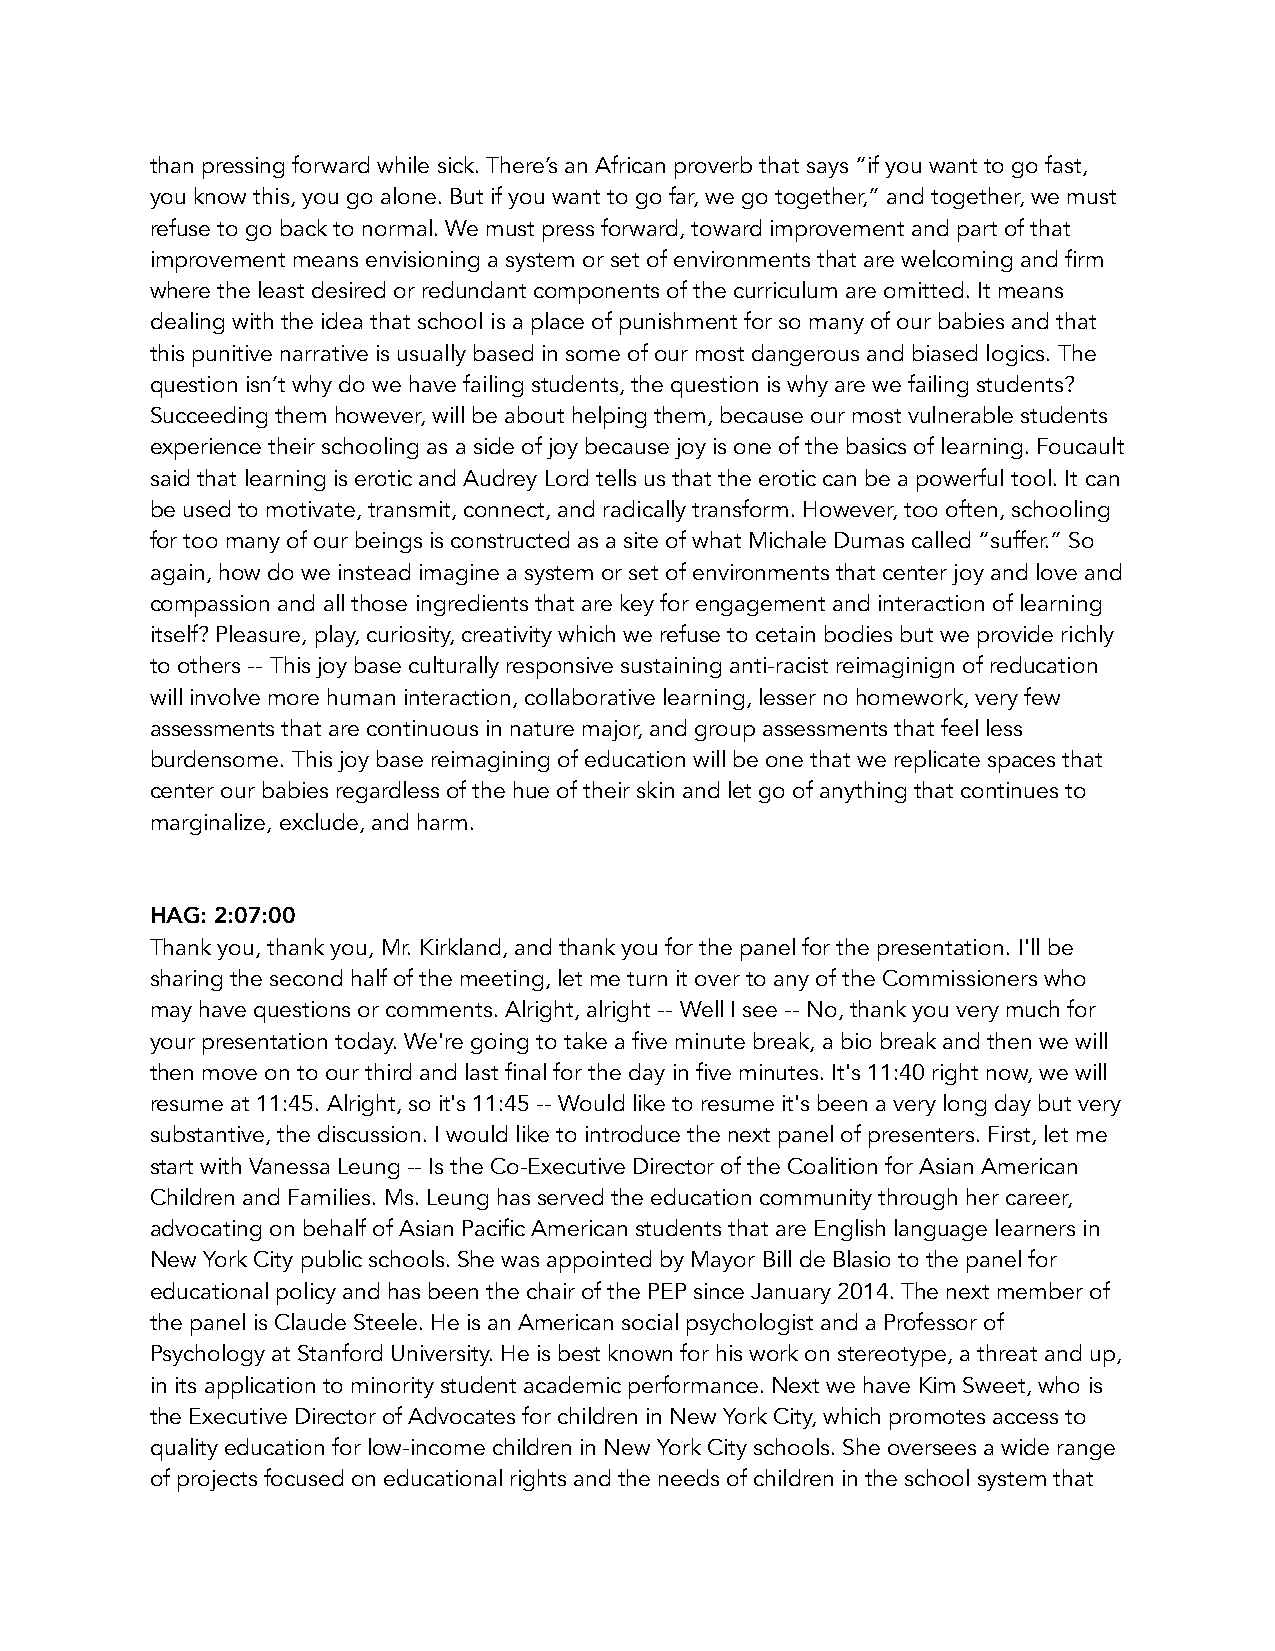
than pressing forward while sick. There’s an African proverb that says “if you want to go fast,
 you know this, you go alone. But if you want to go far, we go together,” and together, we must
 refuse to go back to normal. We must press forward, toward improvement and part of that
 improvement means envisioning a system or set of environments that are welcoming and firm
 where the least desired or redundant components of the curriculum are omitted. It means
 dealing with the idea that school is a place of punishment for so many of our babies and that
 this punitive narrative is usually based in some of our most dangerous and biased logics. The
 question isn’t why do we have failing students, the question is why are we failing students?
 Succeeding them however, will be about helping them, because our most vulnerable students
 experience their schooling as a side of joy because joy is one of the basics of learning. Foucault
 said that learning is erotic and Audrey Lord tells us that the erotic can be a powerful tool. It can
 be used to motivate, transmit, connect, and radically transform. However, too often, schooling
 for too many of our beings is constructed as a site of what Michale Dumas called “suffer.” So
 again, how do we instead imagine a system or set of environments that center joy and love and
 compassion and all those ingredients that are key for engagement and interaction of learning
 itself? Pleasure, play, curiosity, creativity which we refuse to cetain bodies but we provide richly
 to others -- This joy base culturally responsive sustaining anti-racist reimaginign of reducation
 will involve more human interaction, collaborative learning, lesser no homework, very few
 assessments that are continuous in nature major, and group assessments that feel less
 burdensome. This joy base reimagining of education will be one that we replicate spaces that
 center our babies regardless of the hue of their skin and let go of anything that continues to
 marginalize, exclude, and harm.
 HAG: 2:07:00
 Thank you, thank you, Mr. Kirkland, and thank you for the panel for the presentation. I'll be
 sharing the second half of the meeting, let me turn it over to any of the Commissioners who
 may have questions or comments. Alright, alright -- Well I see -- No, thank you very much for
 your presentation today. We're going to take a five minute break, a bio break and then we will
 then move on to our third and last final for the day in five minutes. It's 11:40 right now, we will
 resume at 11:45. Alright, so it's 11:45 -- Would like to resume it's been a very long day but very
 substantive, the discussion. I would like to introduce the next panel of presenters. First, let me
 start with Vanessa Leung -- Is the Co-Executive Director of the Coalition for Asian American
 Children and Families. Ms. Leung has served the education community through her career,
 advocating on behalf of Asian Pacific American students that are English language learners in
 New York City public schools. She was appointed by Mayor Bill de Blasio to the panel for
 educational policy and has been the chair of the PEP since January 2014. The next member of
 the panel is Claude Steele. He is an American social psychologist and a Professor of
 Psychology at Stanford University. He is best known for his work on stereotype, a threat and up,
 in its application to minority student academic performance. Next we have Kim Sweet, who is
 the Executive Director of Advocates for children in New York City, which promotes access to
 quality education for low-income children in New York City schools. She oversees a wide range
 of projects focused on educational rights and the needs of children in the school system that